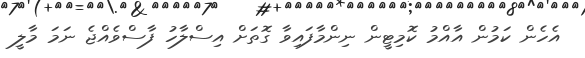
އެހެން ކަމުން އާއްމު ކޮމިޓީން ނިންމާފައިވާ ގޮތަށް އިސްލާހު ފާސްވެއްޖެ ނަމަ މާލީ